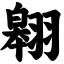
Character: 翱